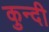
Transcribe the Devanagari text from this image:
कुन्दी